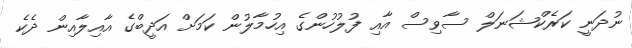
ނުދަނީ ކަރެކްޝަނަލް ސާވިސް އާއި ފުލުހުންގެ އިހުމާލުން ކަމަށް އަދީބްގެ އާއިލާއިން ދެކެ